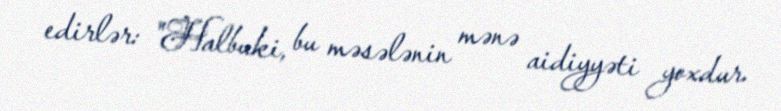
edirlər: "Halbuki, bu məsələnin mənə aidiyyəti yoxdur.